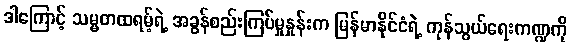
ဒါကြောင့် သမ္မတထရမ့်ရဲ့ အခွန်စည်းကြပ်မှုနှုန်းက မြန်မာနိုင်ငံရဲ့ ကုန်သွယ်ရေးကဏ္ဍကို